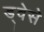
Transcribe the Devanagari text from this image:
ड्वेसे